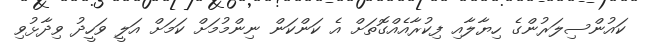
ކައުންސިލަރުންގެ ހިޔާލާއި ފިކުރާއެއްގޮތަށް އެ ކަންކަން ނިންމުމަށް ކަމަށް އަލީ ވަހީދު ވިދާޅުވި